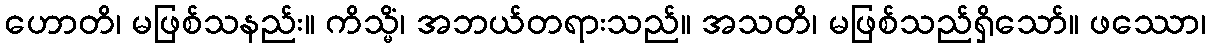
ဟောတိ၊ မဖြစ်သနည်း။ ကိသ္မိံ၊ အဘယ်တရားသည်။ အသတိ၊ မဖြစ်သည်ရှိသော်။ ဖဿော၊